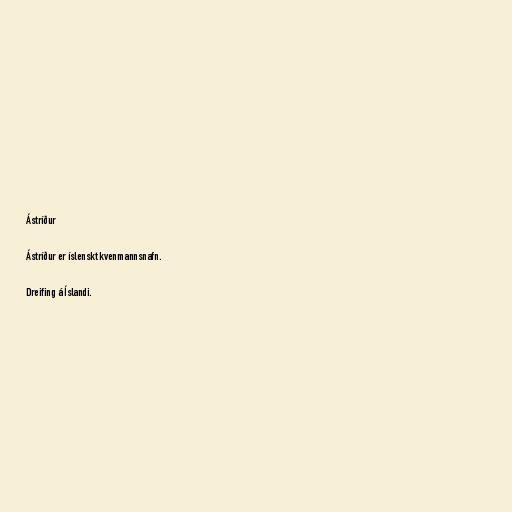
Ástríður

Ástríður er íslenskt kvenmannsnafn.

Dreifing á Íslandi.